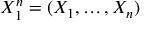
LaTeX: X _ { 1 } ^ { n } = ( X _ { 1 } , \ldots , X _ { n } )